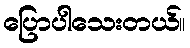
ပြောပါသေးတယ်။